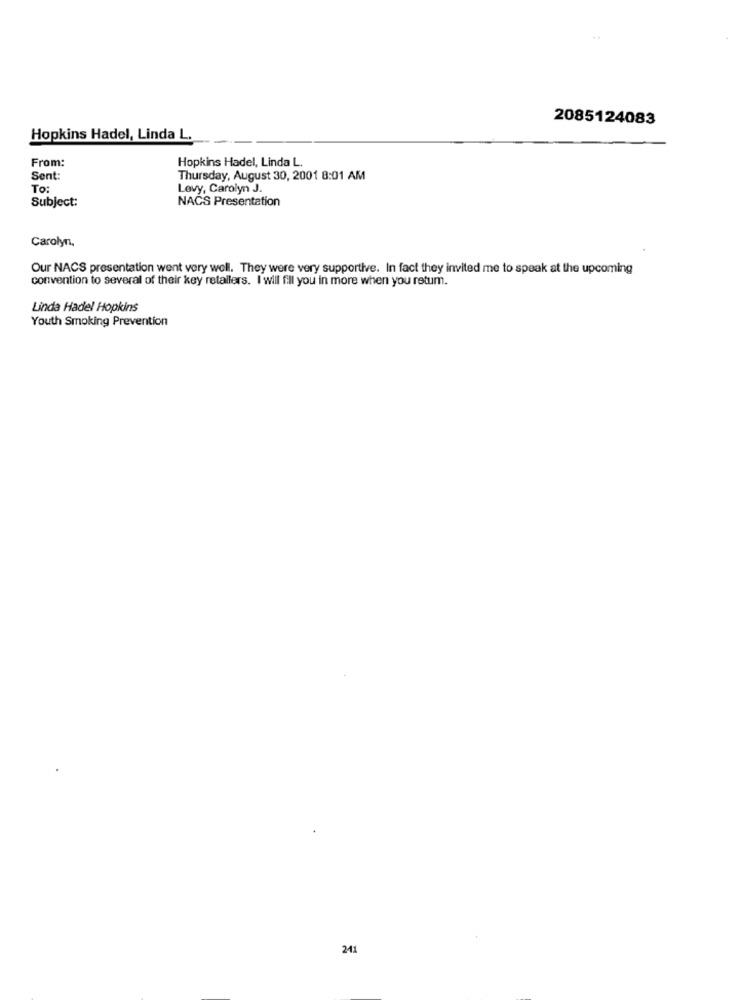
2085124083
Hopkins Hadel, Linda L.
From:
Hopkins Hadel, Linda L.
Sent:
Thursday, August 30, 2001 8:01 AM
To:
Levy, Carolyn J.
Subject:
NACS Presentation
Carolyni,
Our NACS presentation went very well. They were very supportive. In fact they invited me to speak at the upcoming
convention to several of their key retailers. I will fill you in more when you retum.
Linda Hadel Hopkins
Youth Smoking Prevention
241